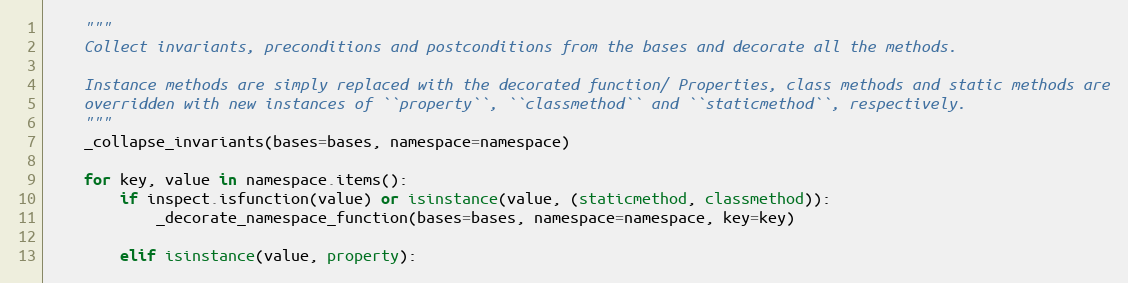
Language: Python
    """
    Collect invariants, preconditions and postconditions from the bases and decorate all the methods.

    Instance methods are simply replaced with the decorated function/ Properties, class methods and static methods are
    overridden with new instances of ``property``, ``classmethod`` and ``staticmethod``, respectively.
    """
    _collapse_invariants(bases=bases, namespace=namespace)

    for key, value in namespace.items():
        if inspect.isfunction(value) or isinstance(value, (staticmethod, classmethod)):
            _decorate_namespace_function(bases=bases, namespace=namespace, key=key)

        elif isinstance(value, property):